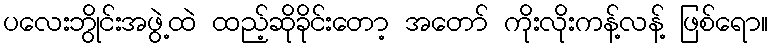
ပလေးဘွိုင်းအဖွဲ့ထဲ ထည့်ဆိုခိုင်းတော့ အတော် ကိုးလိုးကန့်လန့် ဖြစ်ရော။